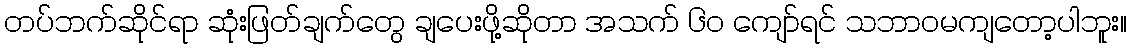
တပ်ဘက်ဆိုင်ရာ ဆုံးဖြတ်ချက်တွေ ချပေးဖို့ဆိုတာ အသက် ၆၀ ကျော်ရင် သဘာဝမကျတော့ပါဘူး။